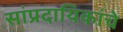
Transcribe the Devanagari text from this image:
सांप्रदायिकांचे